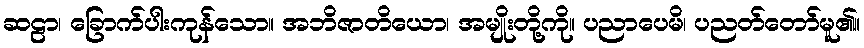
ဆဠာ၊ ခြောက်ပါးကုန်သော။ အဘိဇာတိယော၊ အမျိုးတို့ကို။ ပညာပေမိ၊ ပညတ်တော်မူ၏။